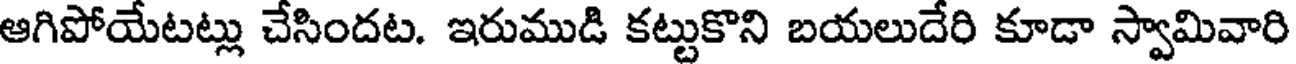
ఆగిపోయేటట్లు చేసిందట. ఇరుముడి కట్టుకొని బయలుదేరి కూడా స్వామివారి